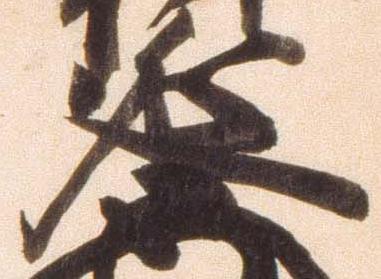
延